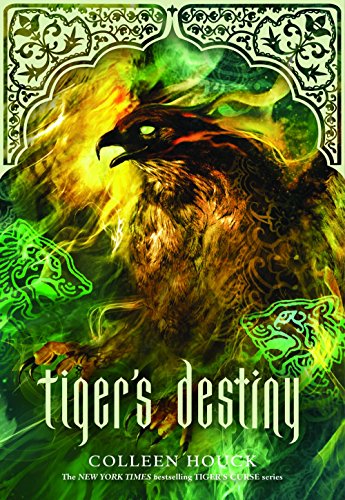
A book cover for Tiger's Destiny (Book 4 in the Tiger's Curse Series); Colleen Houck; Children's Books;